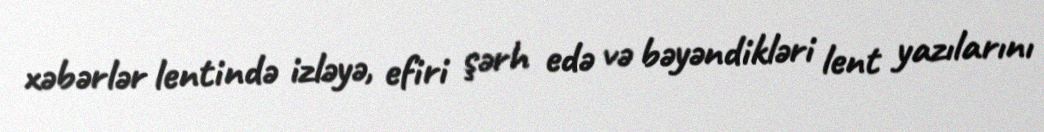
xəbərlər lentində izləyə, efiri şərh edə və bəyəndikləri lent yazılarını